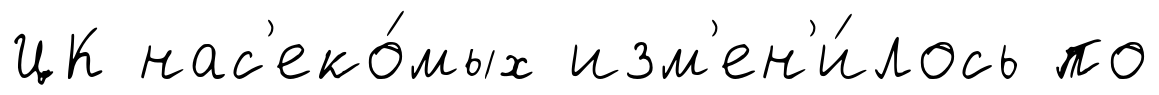
ЦК нас'еко́мых изм'ен'и́лось по